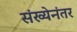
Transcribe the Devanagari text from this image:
संख्येनंतर